Lunatic asylums Madras 1877-1891 - 1877-1891
Year: 1877
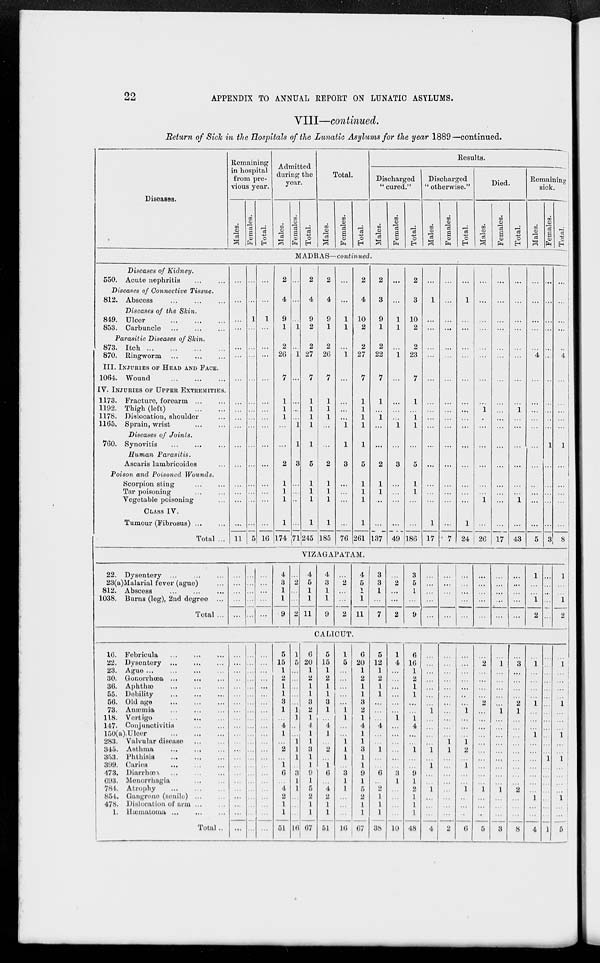
22
APPENDIX TO ANNUAL REPORT ON LUNATIC ASYLUMS.
VIII—continued.
Return of Sick in the Hospitals of the Lunatic Asylums for the year 1889—continued.
Diseases.
Remaining
in hospital
from pre-
vious year.
Males.
Females.
Total.
Admitted
during the
year.
Males.
Females.
Total.
Total.
Males.
Females.
Total.
Results.
Discharged
" cured."
Males.
Females.
Total.
Discharged
" otherwise."
Males.
Females.
Total.
Died.
Males.
Females.
Total.
Remaining
sick.
Males.
Females.
Total.
MADRAS—continued.
Diseases of Kidney.
550. Acute nephritis ... ...
Diseases of Connective Tissue.
812. Abscess ... ... ...
Diseases of the Skin.
849. Ulcer
...
...
...
853. Carbuncle
...
...
...
Parasitic Diseases of Skin.
873. Itch
...
...
...
...
870. Ringworm
...
...
...
III. INJURIES OF HEAD AND FACE.
1064. Wound
...
...
...
IV. INJURIES OF UPPER EXTREMITIES.
1173. Fracture, forearm
...
...
1192. Thigh (left)
...
...
1178. Dislocation, shoulder ...
1165. Sprain, wrist
...
...
Diseases of Joints.
760. Synovitis
...
...
...
Human Parasitis.
Ascaris lumbricoides ...
Poison and Poisoned Wounds.
Scorpion sting ... ...
Tar poisoning ... ...
Vegetable poisoning ...
CLASS IV.
Tumour (Fibrosus) ... ...
Total ...
...
...
...
...
...
...
...
...
...
...
...
...
...
...
...
...
...
11
...
...
1
...
...
...
...
...
...
...
...
...
...
...
...
...
...
5
...
...
1
...
...
...
...
...
...
...
...
...
...
...
...
...
...
16
2
4
9
1
2
26
7
1
1
1
...
...
2
1
1
1
1
174
...
...
...
1
...
1
...
...
...
...
1
1
3
...
...
...
...
71
2
4
9
2
2
27
7
1
1
1
1
1
5
1
1
1
1
245
2
4
9
1
2
26
7
1
1
1
...
...
2
1
1
1
1
185
...
...
1
1
...
1
...
...
...
...
1
1
3
...
...
...
...
76
2
4
10
2
2
27
7
1
1
1
1
1
5
1
1
1
1
261
2
3
9
1
2
22
7
1
...
1
...
...
2
1
1
...
...
137
...
...
1
1
...
1
...
...
...
...
1
...
3
...
...
...
...
49
2
3
10
2
2
23
7
1
...
1
1
...
5
1
1
...
...
186
...
1
...
...
...
...
...
...
...
...
...
...
...
...
...
...
1
17
...
...
...
...
...
...
...
...
...
...
...
...
...
...
...
...
...
7
...
1
...
...
...
...
...
...
...
...
...
...
...
...
...
...
1
24
...
...
...
...
...
...
...
...
1
...
...
...
...
...
...
1
...
26
...
...
...
...
...
...
...
...
...
...
...
...
...
...
...
...
...
17
...
...
...
...
...
...
...
...
1
...
...
...
...
...
...
1
...
43
...
...
...
...
...
4
...
...
...
...
...
...
...
...
...
...
...
5
...
...
...
...
...
...
...
...
...
...
...
1
...
...
...
...
...
3
...
...
...
...
...
4
...
...
...
...
...
1
...
...
...
...
...
8
VIZAGAPATAM.
22. Dysentery
...
...
...
23(a)Malarial fever (ague) ...
812. Abscess
...
...
...
1038. Burns (leg), 2nd degree ...
Total ...
...
...
...
...
...
...
...
...
...
...
...
...
...
...
...
4
3
1
1
9
...
2
...
...
2
4
5
1
1
11
4
3
1
1
9
...
2
...
...
2
4
5
1
1
11
3
3
1
...
7
...
2
...
...
2
3
5
1
...
9
...
...
...
...
...
...
...
...
...
...
...
...
...
...
...
...
...
...
...
...
...
...
...
...
...
...
...
...
...
...
1
...
...
1
2
...
...
...
...
...
1
...
...
1
2
CALICUT.
16. Febricula
...
...
...
22. Dysentery
...
...
...
23. Ague
...
...
...
...
30. Gonorrhœa
...
...
...
36.
Aphthæ ... ... ...
55. Debility
...
...
...
56. Old age
...
...
...
73. Anæmia
...
...
...
118. Vertigo
...
...
...
147. Conjunctivitis
...
...
150(a).Ulcer
...
...
...
283. Valvular disease
...
...
345. Asthma
...
...
...
353. Phthisis
...
...
...
399. Caries
...
...
...
473. Diarrhœa
...
...
...
693. Menorrhagia
...
...
784. Atrophy
...
...
...
854. Gangrene (senile) ... ...
478. Dislocation of arm ... ...
1.
Hæmatoma ... ... ...
Total ..
...
...
...
...
...
...
...
...
...
...
...
...
...
...
...
...
...
...
...
...
...
...
...
...
...
...
...
...
...
...
...
...
...
...
...
...
...
...
...
...
...
...
...
...
...
...
...
...
...
...
...
...
...
...
...
...
...
...
...
...
...
...
...
...
...
...
5
15
1
2
1
1
3
1
...
4
1
...
2
...
1
6
...
4
2
1
1
51
1
5
...
...
...
...
...
1
1
...
...
1
1
1
...
3
1
1
...
...
...
16
6
20
1
2
1
1
3
2
1
4
1
1
3
1
1
9
1
5
2
1
1
67
5
15
1
2
1
1
3
1
...
4
1
...
2
...
1
6
...
4
2
1
1
51
1
5
...
...
...
...
...
1
1
...
...
1
1
1
...
3
1
1
...
...
...
16
6
20
1
2
1
1
3
2
1
4
1
1
3
1
1
9
1
5
2
1
1
67
5
12
1
2
1
1
...
...
...
4
...
...
1
...
...
6
...
2
1
1
1
38
1
4
...
...
...
...
...
...
1
...
...
...
...
...
...
3
1
...
...
...
...
10
6
16
1
2
1
1
...
...
1
4
...
...
1
...
...
9
1
2
1
1
1
48
...
...
...
...
...
...
...
1
...
...
...
...
1
...
1
...
...
1
...
...
...
4
...
...
...
...
...
...
...
...
...
...
...
1
1
...
...
...
...
...
...
...
...
2
...
...
...
...
...
...
...
1
...
...
...
1
2
...
1
...
...
1
...
...
...
6
...
2
...
...
...
...
2
...
...
...
...
...
...
...
...
...
...
1
...
...
...
5
...
1
...
...
...
...
...
1
...
...
...
...
...
...
...
...
...
1
...
...
...
3
...
3
...
...
...
...
2
1
...
...
...
...
...
...
...
...
...
2
...
...
...
8
...
1
...
...
...
...
1
...
...
...
1
...
...
...
...
...
...
...
1
...
...
4
...
...
...
...
...
...
...
...
...
...
...
...
...
1
...
...
...
...
...
...
...
1
...
1
...
...
...
...
1
...
...
...
1
...
...
1
...
...
...
...
1
...
...
5